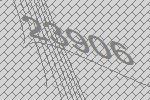
23906